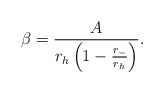
\begin{align*}\beta ={{A}\over {r_{h} \left ( 1- {{r_{-}}\over{r_{h}}} \right ) }}.\end{align*}